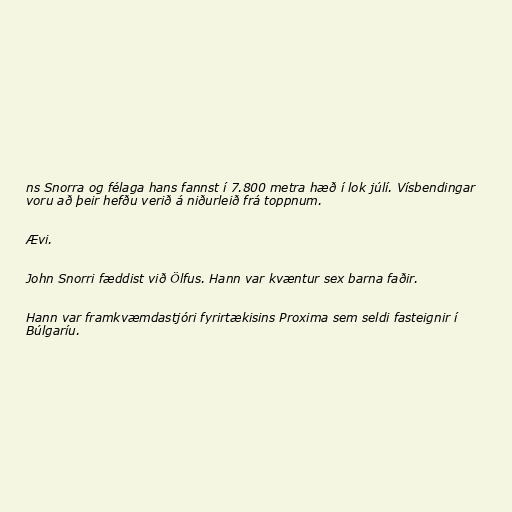
ns Snorra og félaga hans fannst í 7.800 metra hæð í lok júlí. Vísbendingar
voru að þeir hefðu verið á niðurleið frá toppnum.

Ævi.

John Snorri fæddist við Ölfus. Hann var kvæntur sex barna faðir.

Hann var framkvæmdastjóri fyrirtækisins Proxima sem seldi fasteignir í
Búlgaríu.